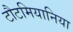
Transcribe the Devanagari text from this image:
टौटमियानिया